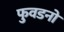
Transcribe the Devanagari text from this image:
फुवडनो